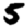
Digit: 5